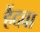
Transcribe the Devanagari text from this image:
हैंदवा